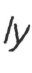
Iy